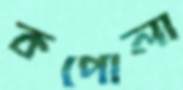
কপোলা